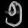
Digit: ၅